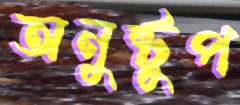
অনুষ্টুপ